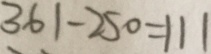
3 6 1 - 2 5 0 = 1 1 1